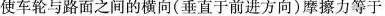
使车轮与路面之间的横向(垂直于前进方向)摩擦力等于